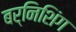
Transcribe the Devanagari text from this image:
बर्निशिंग